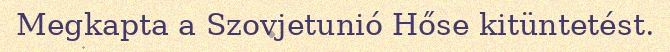
Megkapta a Szovjetunió Hőse kitüntetést.